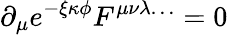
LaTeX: \partial_{\mu}e^{-\xi\kappa\phi}F^{\mu\nu\lambda\ldots}=0